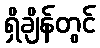
ရှိချိန်တွင်